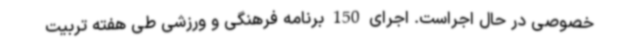
خصوصی در حال اجراست. اجرای 150 برنامه فرهنگی و ورزشی طی هفته تربیت